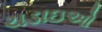
ચડાઇઓ